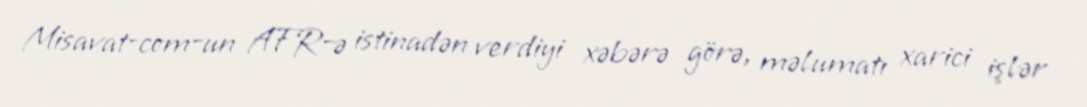
Misavat-com-un AFR-ə istinadən verdiyi xəbərə görə, məlumatı xarici işlər